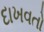
દાખવતો